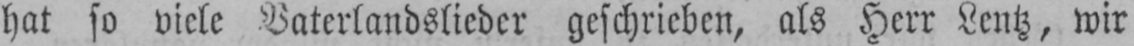
hat so viele Vaterlandslieder geschrieben, als Herr Lentz, wir